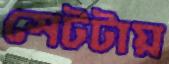
সেটটায়